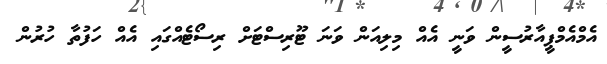
އެމްއެމްޕީއާރުސީން ވަނީ އެއް މިލިއަން ވަނަ ޓޫރިސްޓަށް ރިސޯޓެއްގައި އެއް ހަފުތާ ހުރުން